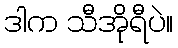
ဒါက သီအိုရီပဲ။